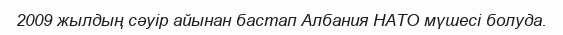
2009 жылдың сәуір айынан бастап Албания НАТО мүшесі болуда.